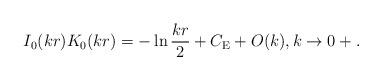
LaTeX: \begin{align*} I_0 (k r)K_0 (kr)= -\ln \frac{k r}{2} +C_{\rm E}+O(k),k\to 0+.\end{align*}